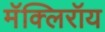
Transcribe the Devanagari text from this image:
मॅक्लिरॉय